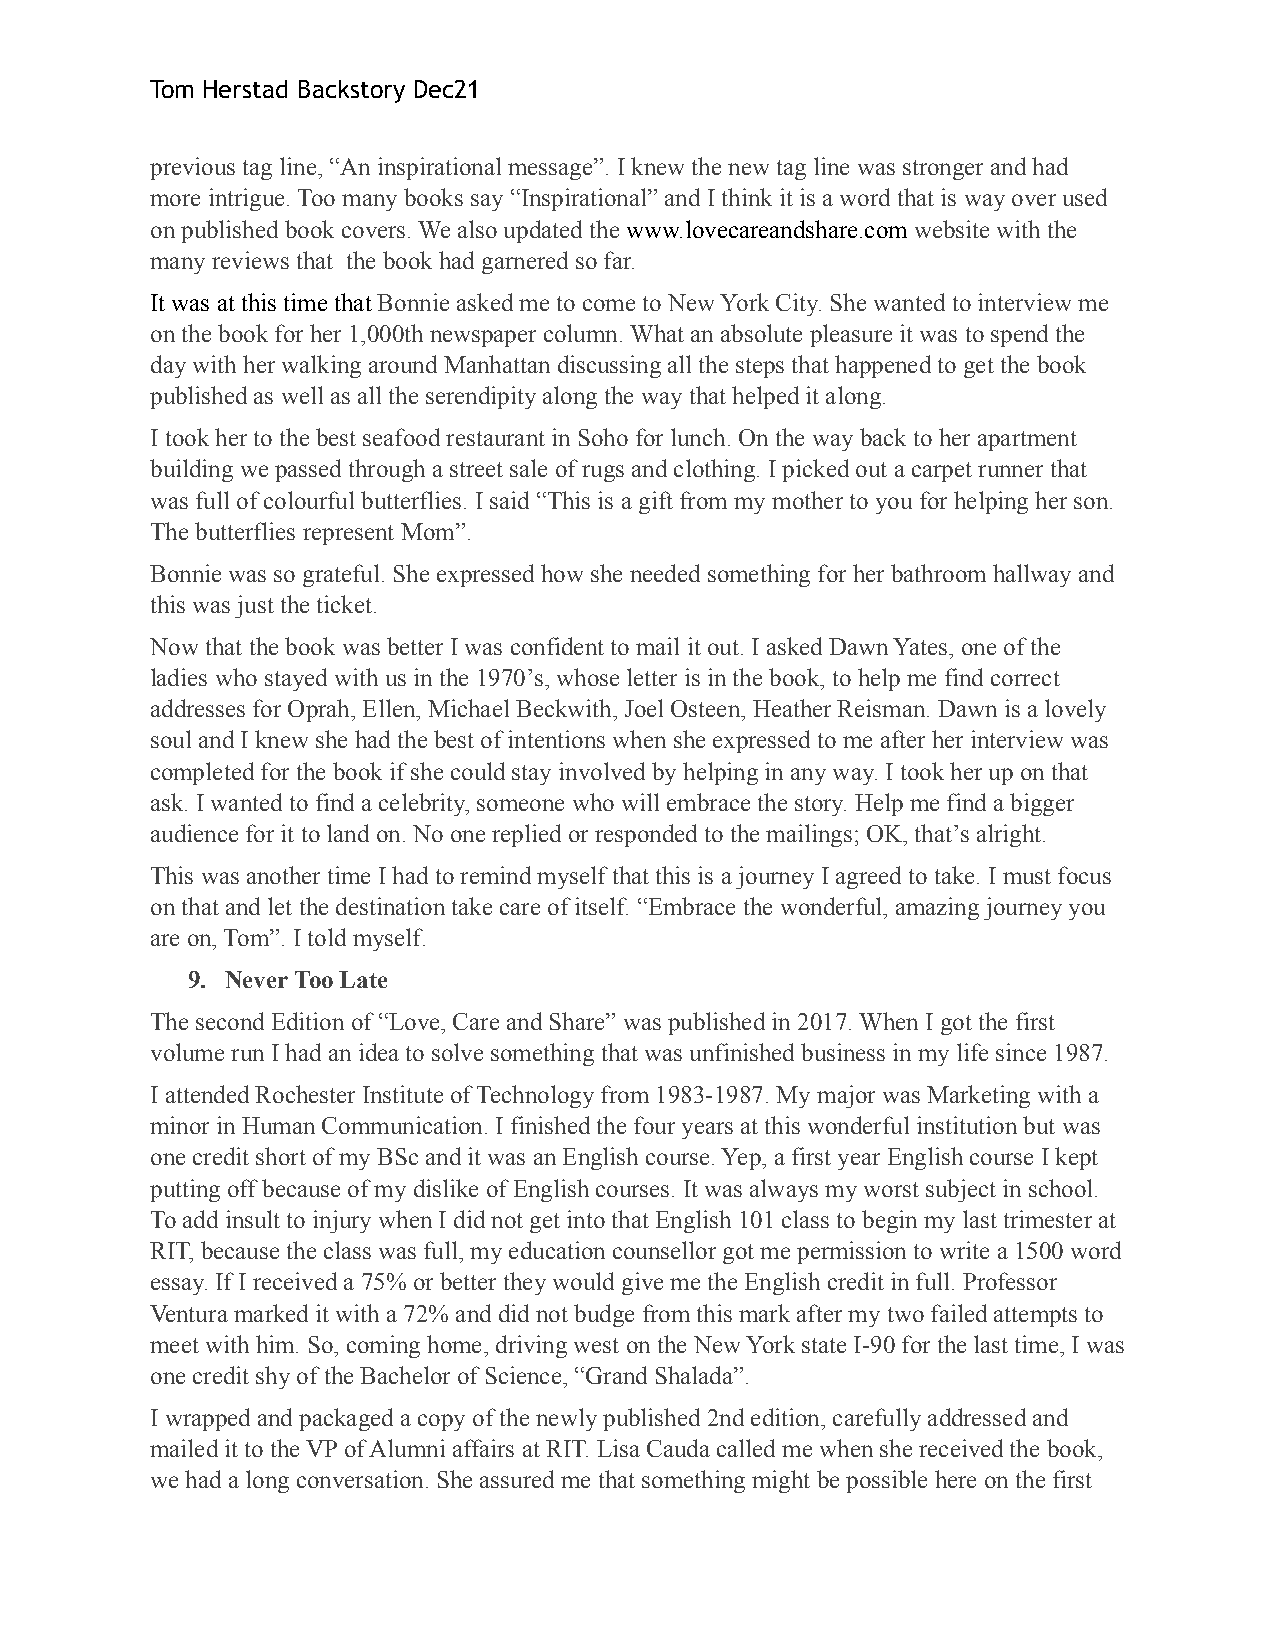
Tom Herstad Backstory Dec21
 previous tag line, “An inspirational message”. I knew the new tag line was stronger and had
 more intrigue. Too many books say “Inspirational” and I think it is a word that is way over used
 on published book covers. We also updated the www.lovecareandshare.com website with the
 many reviews that the book had garnered so far.
 It was at this time that Bonnie asked me to come to New York City. She wanted to interview me
 on the book for her 1,000th newspaper column. What an absolute pleasure it was to spend the
 day with her walking around Manhattan discussing all the steps that happened to get the book
 published as well as all the serendipity along the way that helped it along.
 I took her to the best seafood restaurant in Soho for lunch. On the way back to her apartment
 building we passed through a street sale of rugs and clothing. I picked out a carpet runner that
 was full of colourful butterflies. I said “This is a gift from my mother to you for helping her son.
 The butterflies represent Mom”.
 Bonnie was so grateful. She expressed how she needed something for her bathroom hallway and
 this was just the ticket.
 Now that the book was better I was confident to mail it out. I asked Dawn Yates, one of the
 ladies who stayed with us in the 1970ʼs, whose letter is in the book, to help me find correct
 addresses for Oprah, Ellen, Michael Beckwith, Joel Osteen, Heather Reisman. Dawn is a lovely
 soul and I knew she had the best of intentions when she expressed to me after her interview was
 completed for the book if she could stay involved by helping in any way. I took her up on that
 ask. I wanted to find a celebrity, someone who will embrace the story. Help me find a bigger
 audience for it to land on. No one replied or responded to the mailings; OK, thatʼs alright.
 This was another time I had to remind myself that this is a journey I agreed to take. I must focus
 on that and let the destination take care of itself. “Embrace the wonderful, amazing journey you
 are on, Tom”. I told myself.
 9. Never Too Late
 The second Edition of “Love, Care and Share” was published in 2017. When I got the first
 volume run I had an idea to solve something that was unfinished business in my life since 1987.
 I attended Rochester Institute of Technology from 1983-1987. My major was Marketing with a
 minor in Human Communication. I finished the four years at this wonderful institution but was
 one credit short of my BSc and it was an English course. Yep, a first year English course I kept
 putting off because of my dislike of English courses. It was always my worst subject in school.
 To add insult to injury when I did not get into that English 101 class to begin my last trimester at
 RIT, because the class was full, my education counsellor got me permission to write a 1500 word
 essay. If I received a 75% or better they would give me the English credit in full. Professor
 Ventura marked it with a 72% and did not budge from this mark after my two failed attempts to
 meet with him. So, coming home, driving west on the New York state I-90 for the last time, I was
 one credit shy of the Bachelor of Science, “Grand Shalada”.
 I wrapped and packaged a copy of the newly published 2nd edition, carefully addressed and
 mailed it to the VP of Alumni affairs at RIT. Lisa Cauda called me when she received the book,
 we had a long conversation. She assured me that something might be possible here on the first